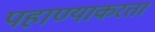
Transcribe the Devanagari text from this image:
पहाण्याकरता